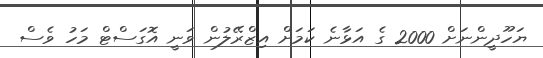
ޔަހޫދީންނަށް 2000 ގެ އަޅާނެ ކަމަށް އިޒްރޭލުން ވަނީ އޮގަސްޓް މަހު ވެސް